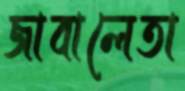
জাবালেতা